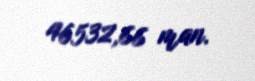
46532,66 man.